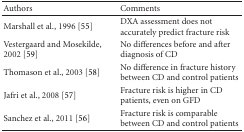
<table><thead><tr><td><b>Authors</b></td><td><b>Comments</b></td></tr></thead><tbody><tr><td>Marshall et al., 1996 [55]</td><td>DXA assessment does not accurately predict fracture risk</td></tr><tr><td>Vestergaard and Mosekilde, 2002 [59]</td><td>No differences before and after diagnosis of CD</td></tr><tr><td>Thomason et al., 2003 [58]</td><td>No difference in fracture history between CD and control patients</td></tr><tr><td>Jafri et al., 2008 [57]</td><td>Fracture risk is higher in CD patients, even on GFD</td></tr><tr><td>Sanchez et al., 2011 [56]</td><td>Fracture risk is comparable between CD and control patients</td></tr></tbody></table>